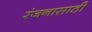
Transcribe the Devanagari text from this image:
रंजनासाठी